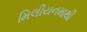
મિલીયનમાથી